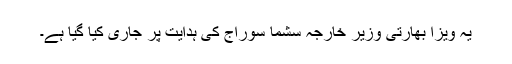
یہ ویزا بھارتی وزیر خارجہ سشما سوراج کی ہدایت پر جاری کیا گیا ہے۔